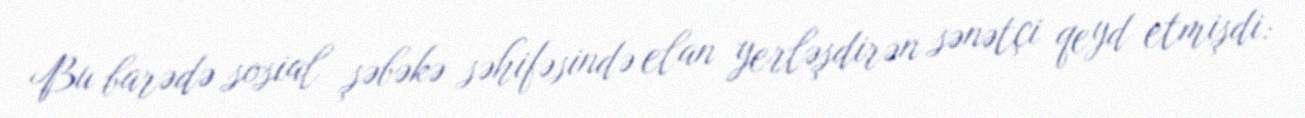
Bu barədə sosial şəbəkə səhifəsində elan yerləşdirən sənətçi qeyd etmişdi: